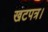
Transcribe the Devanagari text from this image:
खटपत्र।